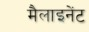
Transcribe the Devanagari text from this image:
मैलाइनेंट